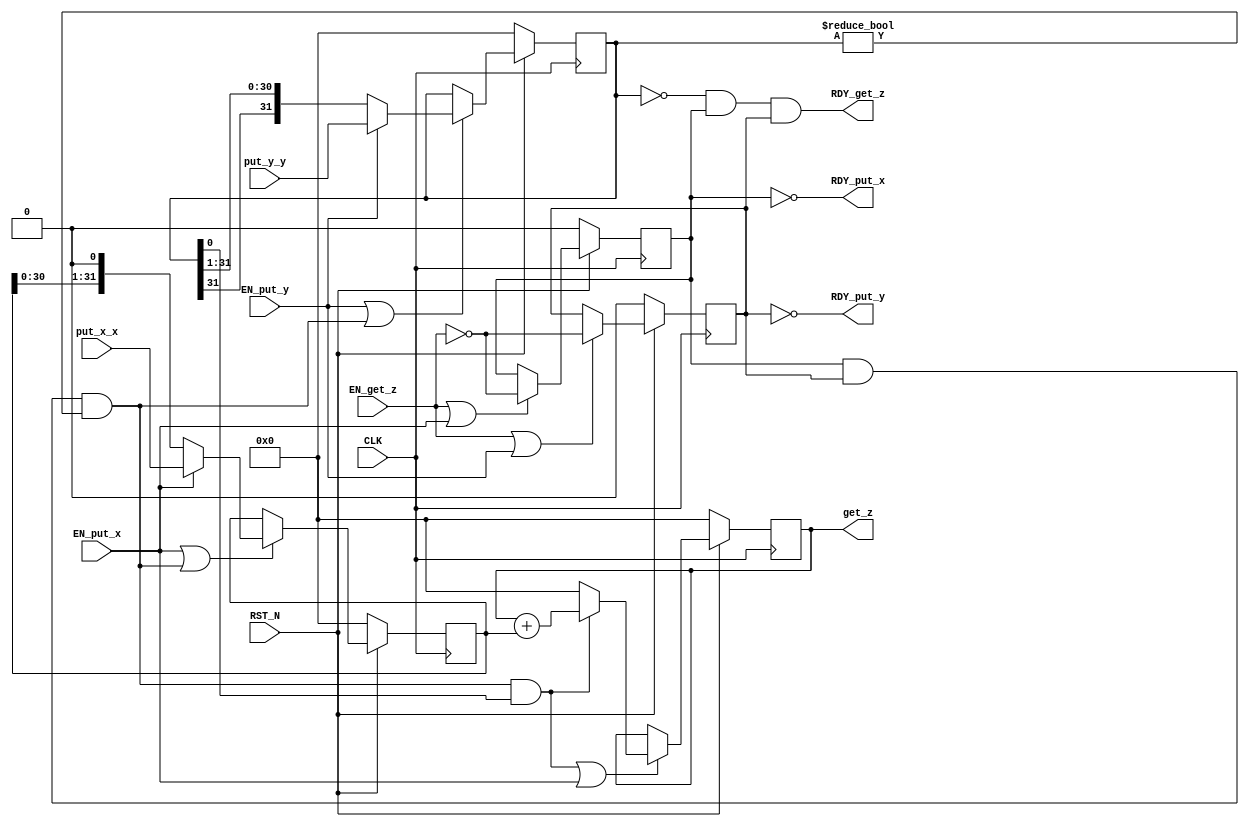
//
// Generated by Bluespec Compiler (build 26e119fb)
//
// On Wed Jun  9 16:13:41 IST 2021
//
//
// Ports:
// Name                         I/O  size props
// RDY_put_x                      O     1
// RDY_put_y                      O     1
// get_z                          O    32 reg
// RDY_get_z                      O     1
// CLK                            I     1 clock
// RST_N                          I     1 reset
// put_x_x                        I    32
// put_y_y                        I    32
// EN_put_x                       I     1
// EN_put_y                       I     1
// EN_get_z                       I     1
//
// No combinational paths from inputs to outputs
//
//

`ifdef BSV_ASSIGNMENT_DELAY
`else
  `define BSV_ASSIGNMENT_DELAY
`endif

`ifdef BSV_POSITIVE_RESET
  `define BSV_RESET_VALUE 1'b1
  `define BSV_RESET_EDGE posedge
`else
  `define BSV_RESET_VALUE 1'b0
  `define BSV_RESET_EDGE negedge
`endif

module mkMult(CLK,
	      RST_N,

	      put_x_x,
	      EN_put_x,
	      RDY_put_x,

	      put_y_y,
	      EN_put_y,
	      RDY_put_y,

	      EN_get_z,
	      get_z,
	      RDY_get_z);
  input  CLK;
  input  RST_N;

  // action method put_x
  input  [31 : 0] put_x_x;
  input  EN_put_x;
  output RDY_put_x;

  // action method put_y
  input  [31 : 0] put_y_y;
  input  EN_put_y;
  output RDY_put_y;

  // actionvalue method get_z
  input  EN_get_z;
  output [31 : 0] get_z;
  output RDY_get_z;

  // signals for module outputs
  wire [31 : 0] get_z;
  wire RDY_get_z, RDY_put_x, RDY_put_y;

  // register d
  reg [31 : 0] d;
  wire [31 : 0] d$D_IN;
  wire d$EN;

  // register got_x
  reg got_x;
  wire got_x$D_IN, got_x$EN;

  // register got_y
  reg got_y;
  wire got_y$D_IN, got_y$EN;

  // register product
  reg [31 : 0] product;
  wire [31 : 0] product$D_IN;
  wire product$EN;

  // register r
  reg [31 : 0] r;
  wire [31 : 0] r$D_IN;
  wire r$EN;

  // rule scheduling signals
  wire WILL_FIRE_RL_rl_compute;

  // inputs to muxes for submodule ports
  wire [31 : 0] MUX_d$write_1__VAL_2,
		MUX_product$write_1__VAL_1,
		MUX_r$write_1__VAL_2;
  wire MUX_product$write_1__SEL_1;

  // remaining internal signals
  wire [30 : 0] r_BITS_31_TO_1__q1;

  // action method put_x
  assign RDY_put_x = !got_x ;

  // action method put_y
  assign RDY_put_y = !got_y ;

  // actionvalue method get_z
  assign get_z = product ;
  assign RDY_get_z = r == 32'd0 && got_x && got_y ;

  // rule RL_rl_compute
  assign WILL_FIRE_RL_rl_compute = got_x && got_y && r != 32'd0 ;

  // inputs to muxes for submodule ports
  assign MUX_product$write_1__SEL_1 = WILL_FIRE_RL_rl_compute && r[0] ;
  assign MUX_d$write_1__VAL_2 = { d[30:0], 1'd0 } ;
  assign MUX_product$write_1__VAL_1 = product + d ;
  assign MUX_r$write_1__VAL_2 =
	     { r_BITS_31_TO_1__q1[30], r_BITS_31_TO_1__q1 } ;

  // register d
  assign d$D_IN = EN_put_x ? put_x_x : MUX_d$write_1__VAL_2 ;
  assign d$EN = EN_put_x || WILL_FIRE_RL_rl_compute ;

  // register got_x
  assign got_x$D_IN = !EN_get_z ;
  assign got_x$EN = EN_get_z || EN_put_x ;

  // register got_y
  assign got_y$D_IN = !EN_get_z ;
  assign got_y$EN = EN_get_z || EN_put_y ;

  // register product
  assign product$D_IN =
	     MUX_product$write_1__SEL_1 ? MUX_product$write_1__VAL_1 : 32'd0 ;
  assign product$EN = WILL_FIRE_RL_rl_compute && r[0] || EN_put_x ;

  // register r
  assign r$D_IN = EN_put_y ? put_y_y : MUX_r$write_1__VAL_2 ;
  assign r$EN = EN_put_y || WILL_FIRE_RL_rl_compute ;

  // remaining internal signals
  assign r_BITS_31_TO_1__q1 = r[31:1] ;

  // handling of inlined registers

  always@(posedge CLK)
  begin
    if (RST_N == `BSV_RESET_VALUE)
      begin
        d <= `BSV_ASSIGNMENT_DELAY 32'd0;
	got_x <= `BSV_ASSIGNMENT_DELAY 1'd0;
	got_y <= `BSV_ASSIGNMENT_DELAY 1'd0;
	product <= `BSV_ASSIGNMENT_DELAY 32'd0;
	r <= `BSV_ASSIGNMENT_DELAY 32'd0;
      end
    else
      begin
        if (d$EN) d <= `BSV_ASSIGNMENT_DELAY d$D_IN;
	if (got_x$EN) got_x <= `BSV_ASSIGNMENT_DELAY got_x$D_IN;
	if (got_y$EN) got_y <= `BSV_ASSIGNMENT_DELAY got_y$D_IN;
	if (product$EN) product <= `BSV_ASSIGNMENT_DELAY product$D_IN;
	if (r$EN) r <= `BSV_ASSIGNMENT_DELAY r$D_IN;
      end
  end

  // synopsys translate_off
  `ifdef BSV_NO_INITIAL_BLOCKS
  `else // not BSV_NO_INITIAL_BLOCKS
  initial
  begin
    d = 32'hAAAAAAAA;
    got_x = 1'h0;
    got_y = 1'h0;
    product = 32'hAAAAAAAA;
    r = 32'hAAAAAAAA;
  end
  `endif // BSV_NO_INITIAL_BLOCKS
  // synopsys translate_on
endmodule  // mkMult